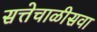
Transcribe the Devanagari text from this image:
सत्तेचाळीसवा